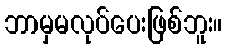
ဘာမှမလုပ်ပေးဖြစ်ဘူး။